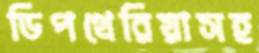
ডিপথেরিয়াসহ